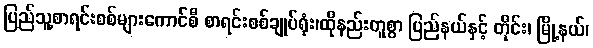
ပြည်သူ့စာရင်းစစ်များကောင်စီ စာရင်းစစ်ချုပ်ရုံး၊ထိုနည်းတူစွာ ပြည်နယ်နှင့် တိုင်း၊ မြို့နယ်၊